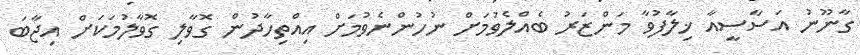
ގާނޫނު އަސާސީއާ ޚިލާފުވާ މަންޒަރު ބެއްލެވުމަށް ނުހުންނެވުމަށް އިއްތިހާދުން ގޮވާލި ގޮވާލުމަކަށް އިޖާބަ